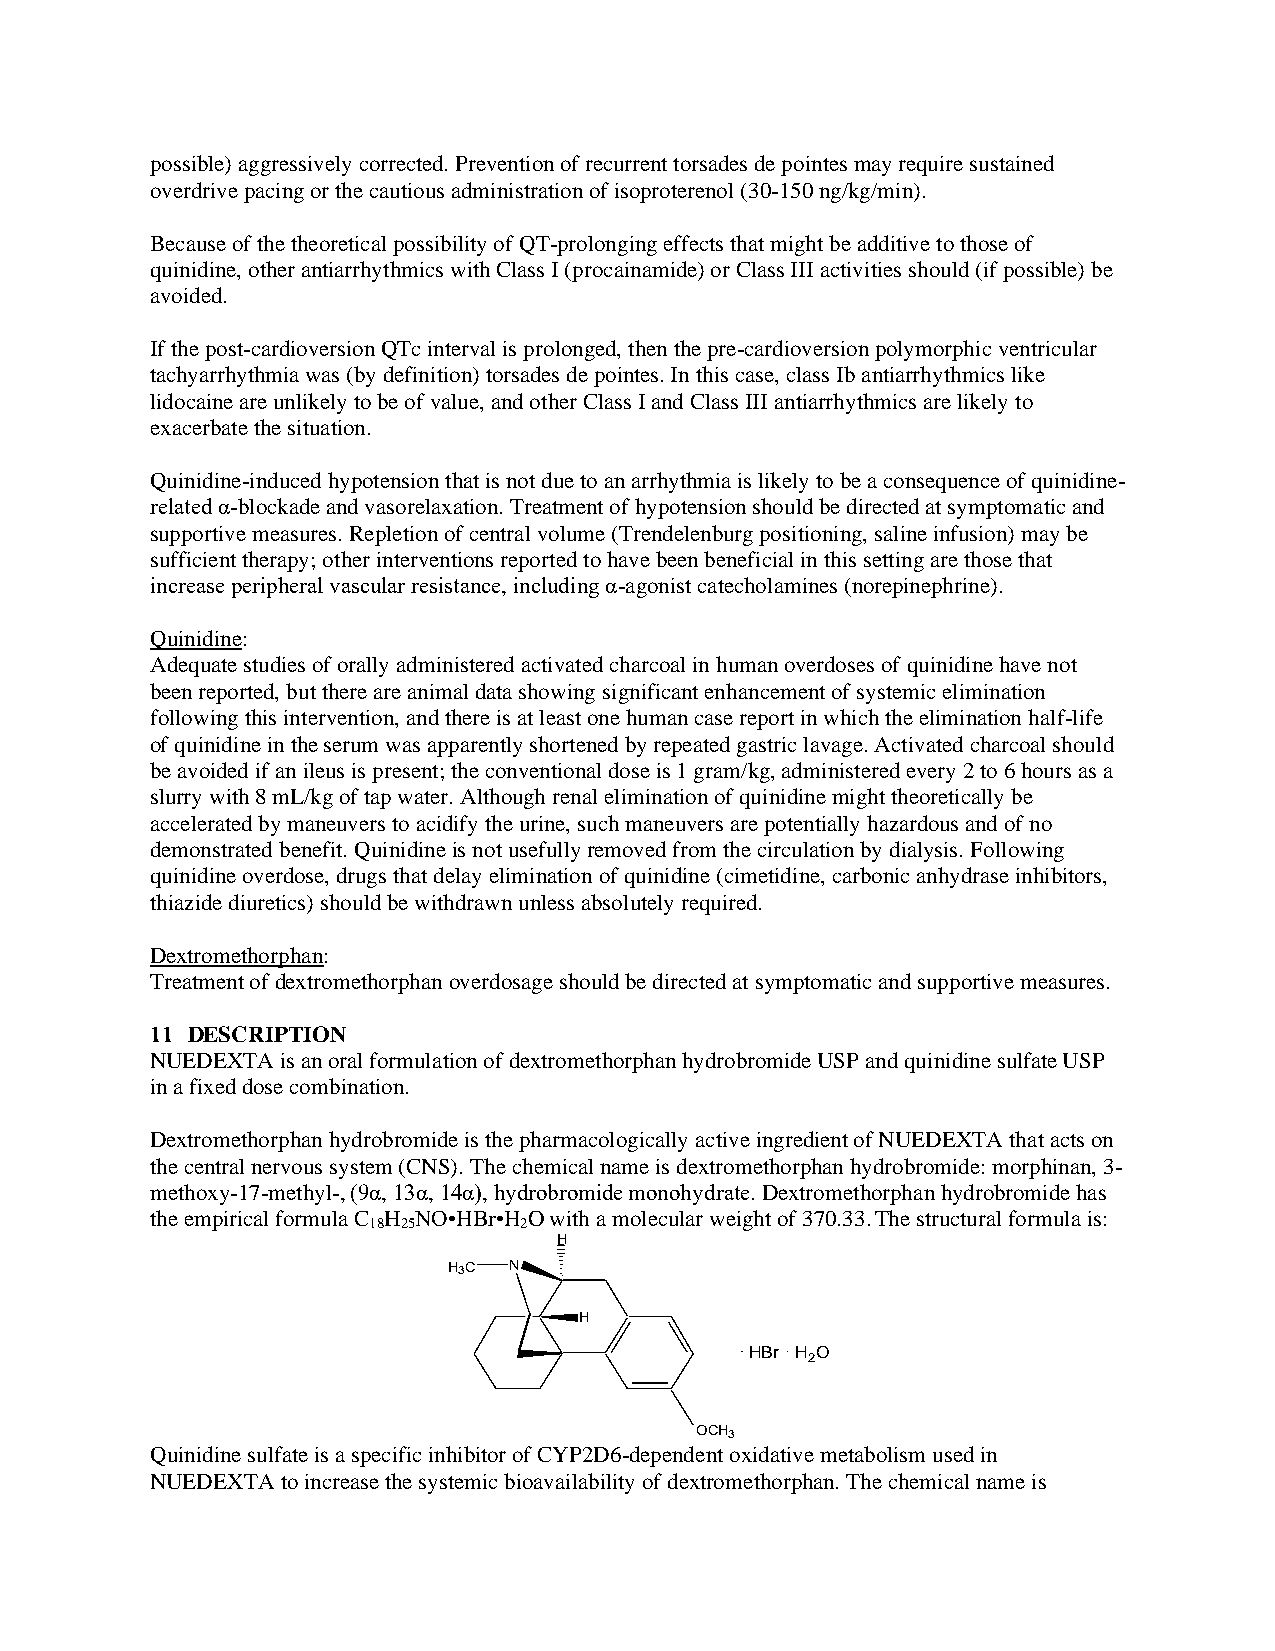
possible) aggressively corrected. Prevention of recurrent torsades de pointes may require sustained
 overdrive pacing or the cautious administration of isoproterenol (30-150 ng/kg/min).
 Because of the theoretical possibility of QT-prolonging effects that might be additive to those of
 quinidine, other antiarrhythmics with Class I (procainamide) or Class III activities should (if possible) be
 avoided.
 If the post-cardioversion QTc interval is prolonged, then the pre-cardioversion polymorphic ventricular
 tachyarrhythmia was (by definition) torsades de pointes. In this case, class Ib antiarrhythmics like
 lidocaine are unlikely to be of value, and other Class I and Class III antiarrhythmics are likely to
 exacerbate the situation.
 Quinidine-induced hypotension that is not due to an arrhythmia is likely to be a consequence of quinidine-
 related α-blockade and vasorelaxation. Treatment of hypotension should be directed at symptomatic and
 supportive measures. Repletion of central volume (Trendelenburg positioning, saline infusion) may be
 sufficient therapy; other interventions reported to have been beneficial in this setting are those that
 increase peripheral vascular resistance, including α-agonist catecholamines (norepinephrine).
 Quinidine:
 Adequate studies of orally administered activated charcoal in human overdoses of quinidine have not
 been reported, but there are animal data showing significant enhancement of systemic elimination
 following this intervention, and there is at least one human case report in which the elimination half-life
 of quinidine in the serum was apparently shortened by repeated gastric lavage. Activated charcoal should
 be avoided if an ileus is present; the conventional dose is 1 gram/kg, administered every 2 to 6 hours as a
 slurry with 8 mL/kg of tap water. Although renal elimination of quinidine might theoretically be
 accelerated by maneuvers to acidify the urine, such maneuvers are potentially hazardous and of no
 demonstrated benefit. Quinidine is not usefully removed from the circulation by dialysis. Following
 quinidine overdose, drugs that delay elimination of quinidine (cimetidine, carbonic anhydrase inhibitors,
 thiazide diuretics) should be withdrawn unless absolutely required.
 Dextromethorphan:
 Treatment of dextromethorphan overdosage should be directed at symptomatic and supportive measures.
 11 DESCRIPTION
 NUEDEXTA is an oral formulation of dextromethorphan hydrobromide USP and quinidine sulfate USP
 in a fixed dose combination.
 Dextromethorphan hydrobromide is the pharmacologically active ingredient of NUEDEXTA that acts on
 the central nervous system (CNS). The chemical name is dextromethorphan hydrobromide: morphinan, 3-
 methoxy-17-methyl-, (9α, 13α, 14α), hydrobromide monohydrate. Dextromethorphan hydrobromide has
 the empirical formula C H NO•HBr•H O with a molecular weight of 370.33. The structural formula is:
 18 25     2
 H
 H3C N
 H
 HBr H O
 2
 OCH3
 Quinidine sulfate is a specific inhibitor of CYP2D6-dependent oxidative metabolism used in
 NUEDEXTA to increase the systemic bioavailability of dextromethorphan. The chemical name is